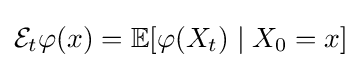
{\mathcal {E}}_{t}\varphi (x)=\mathbb {E} [\varphi (X_{t})\mid X_{0}=x]